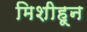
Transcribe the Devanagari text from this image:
मिशीहून